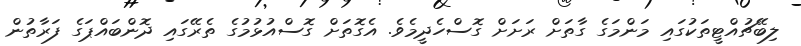
ލިބޭޗުއްޓީތަކުގައި މަންމަގެ ގާތަށް ރަށަށް ގޮސްހެދީމެވެ. އެގޮތަށް ގޮސްއުޅުމުގެ ތެރޭގައި ދޮންބައްޕަގެ ފަރާތުން